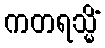
ကတရသ္မိံ